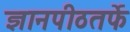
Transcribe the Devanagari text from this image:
ज्ञानपीठतर्फे